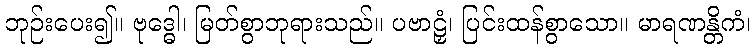
ဘုဉ်းပေး၍။ ဗုဒ္ဓေါ၊ မြတ်စွာဘုရားသည်။ ပဗာဠှံ၊ ပြင်းထန်စွာသော။ မာရဏန္တိကံ၊